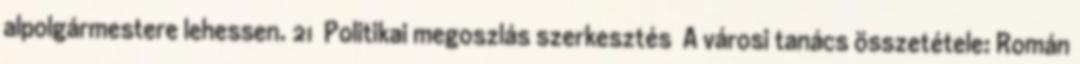
alpolgármestere lehessen. 21 Politikai megoszlás szerkesztés A városi tanács összetétele: Román